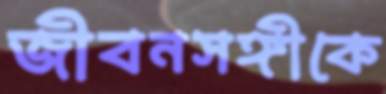
জীবনসঙ্গীকে